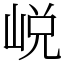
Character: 㟋